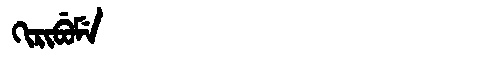
Manchu: ᡴᡳᡵᡳᠪᡠᠮᡝ
Romanization: KIRIBUME